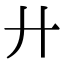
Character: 廾